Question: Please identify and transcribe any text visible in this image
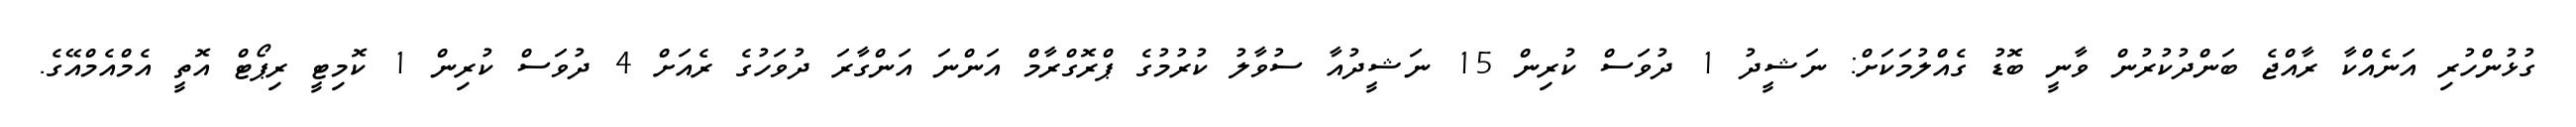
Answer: ގުޅުންހުރި އަނެއްކާ ރާއްޖެ ބަންދުކުރުން ވާނީ ބޮޑު ގެއްލުމަކަށް: ނަޝީދު 1 ދުވަސް ކުރިން 15 ނަޝީދުއާ ސުވާލު ކުރުމުގެ ޕްރޮގްރާމް އަންނަ އަންގާރަ ދުވަހުގެ ރެއަށް 4 ދުވަސް ކުރިން 1 ކޮމިޓީ ރިޕޯޓް އޮތީ އެމްއެމްއޭގެ.